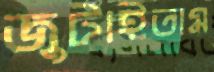
জুটাইতাম